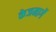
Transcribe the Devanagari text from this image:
केजमार्गे